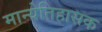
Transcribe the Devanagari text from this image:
मान्येतिहासक